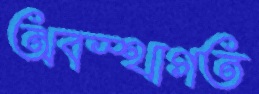
অবস্থাগত